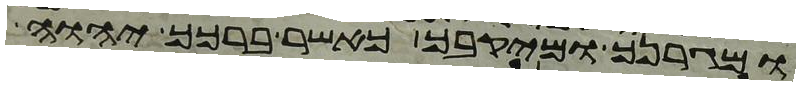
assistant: ומגרנך ומיקבך כאשר ברכך יהוה